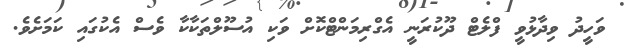
ވަހީދު ވިދާޅުވީ ފްލެޓް ދޫކުރަނީ އެގްރިމަންޓްކޮށް ވަކި އުސޫލްތަކާކާ ވެސް އެކުގައި ކަމަށެވެ.